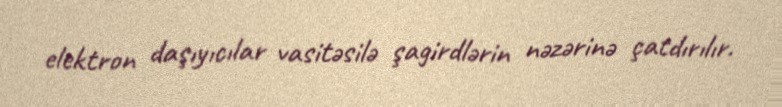
elektron daşıyıcılar vasitəsilə şagirdlərin nəzərinə çatdırılır.